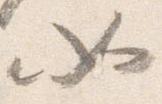
如